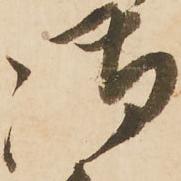
御